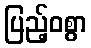
ပြည့်ဝစွာ